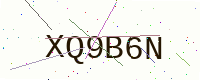
Text: XQ9B6N